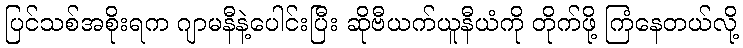
ပြင်သစ်အစိုးရက ဂျာမနီနဲ့ပေါင်းပြီး ဆိုဗီယက်ယူနီယံကို တိုက်ဖို့ ကြံနေတယ်လို့